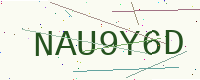
Text: NAU9Y6D